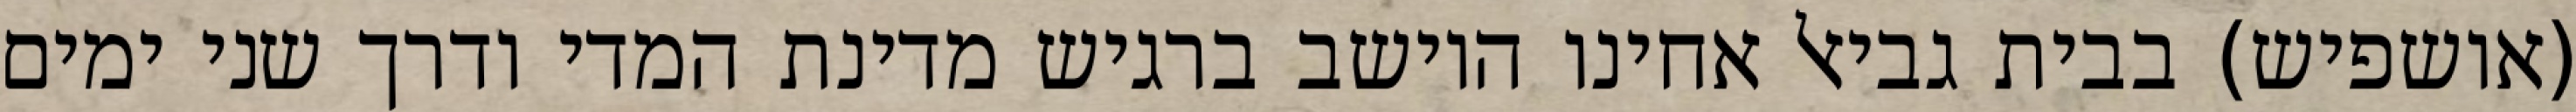
(אושפיש) בבית גביאל אחינו היושב ברגיש מדינת המדי ודרך שני ימים